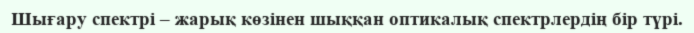
Шығару спектрі – жарық көзінен шыққан оптикалық спектрлердің бір түрі.